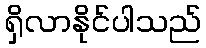
ရှိလာနိုင်ပါသည်